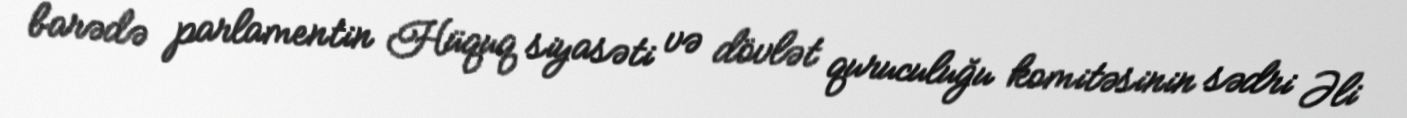
barədə parlamentin Hüquq siyasəti və dövlət quruculuğu komitəsinin sədri Əli